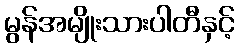
မွန်အမျိုးသားပါတီနှင့်